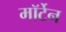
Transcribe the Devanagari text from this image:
मॉर्टेन